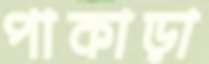
পাকাড়া